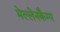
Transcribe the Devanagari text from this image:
मेल्लेनकैम्प